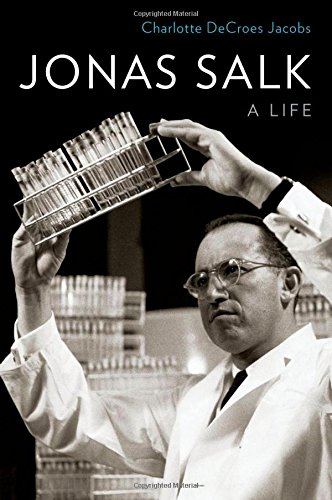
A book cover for Jonas Salk: A Life; Charlotte DeCroes Jacobs; Medical Books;